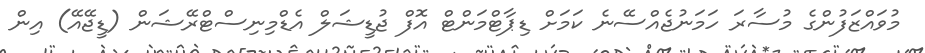
މުވައްޒަފުންގެ މުސާރަ ހަމަނުޖެއްސޭނެ ކަމަށް ޑިޕާޓްމަންޓް އޮފް ޖުޑީޝަލް އެޑްމިނިސްޓްރޭޝަން (ޑީޖޭއޭ) އިން